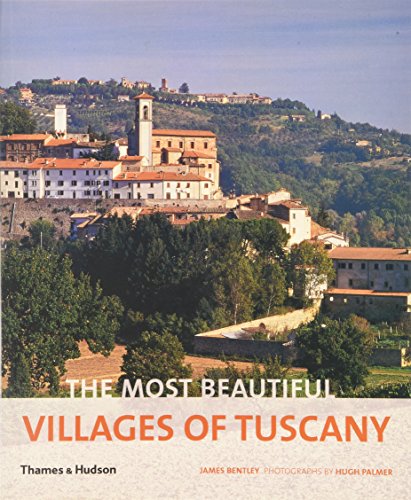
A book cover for The Most Beautiful Villages of Tuscany (The Most Beautiful Villages); James Bentley; Arts & Photography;